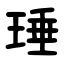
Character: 㻔